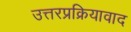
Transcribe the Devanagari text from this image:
उत्तरप्रक्रियावाद